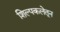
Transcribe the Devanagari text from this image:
शिल्पकलेतून